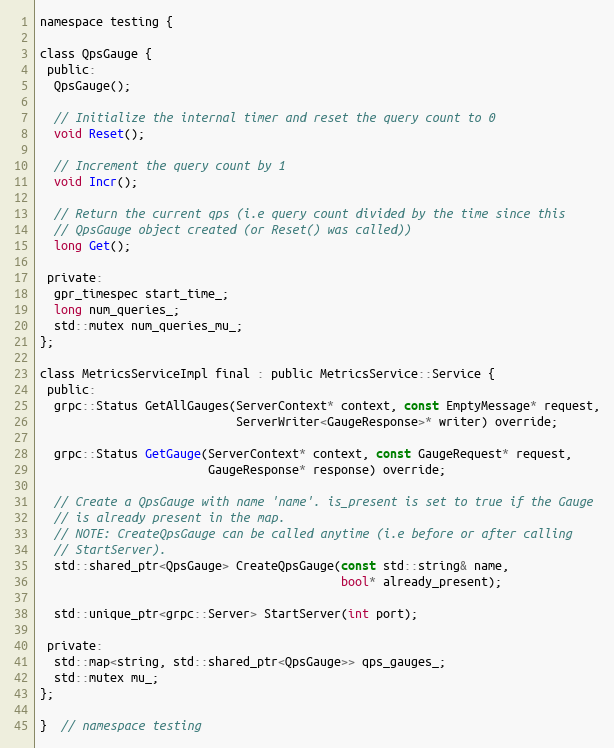
Language: C
namespace testing {

class QpsGauge {
 public:
  QpsGauge();

  // Initialize the internal timer and reset the query count to 0
  void Reset();

  // Increment the query count by 1
  void Incr();

  // Return the current qps (i.e query count divided by the time since this
  // QpsGauge object created (or Reset() was called))
  long Get();

 private:
  gpr_timespec start_time_;
  long num_queries_;
  std::mutex num_queries_mu_;
};

class MetricsServiceImpl final : public MetricsService::Service {
 public:
  grpc::Status GetAllGauges(ServerContext* context, const EmptyMessage* request,
                            ServerWriter<GaugeResponse>* writer) override;

  grpc::Status GetGauge(ServerContext* context, const GaugeRequest* request,
                        GaugeResponse* response) override;

  // Create a QpsGauge with name 'name'. is_present is set to true if the Gauge
  // is already present in the map.
  // NOTE: CreateQpsGauge can be called anytime (i.e before or after calling
  // StartServer).
  std::shared_ptr<QpsGauge> CreateQpsGauge(const std::string& name,
                                           bool* already_present);

  std::unique_ptr<grpc::Server> StartServer(int port);

 private:
  std::map<string, std::shared_ptr<QpsGauge>> qps_gauges_;
  std::mutex mu_;
};

}  // namespace testing